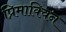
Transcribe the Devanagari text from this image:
प्रिमाक्विन